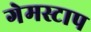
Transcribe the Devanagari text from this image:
गेमस्टाप